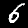
Digit: 6